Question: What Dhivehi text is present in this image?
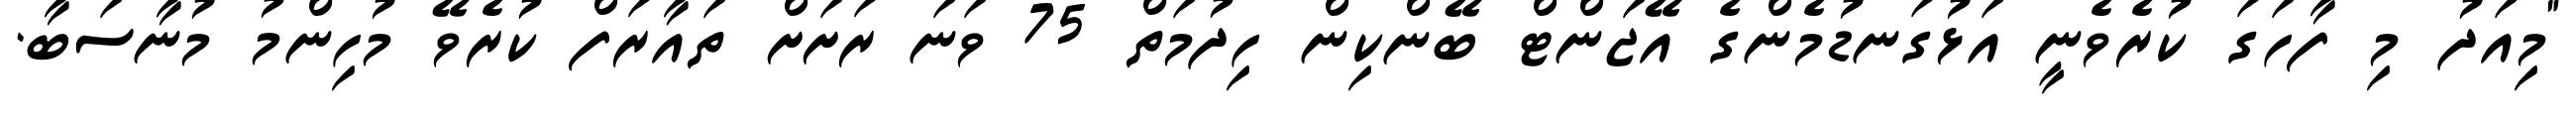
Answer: "މިއަދު މި ފާހަގަ ކުރެވެނީ އަޅުގަނޑުމެންގެ އޭޖަންޓް ބޭންކިން ހިދުމަތް 75 ވަނަ ރަށަށް ތައާރަފް ކުރެވޭ މުހިންމު މުނާސަބާ.